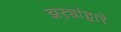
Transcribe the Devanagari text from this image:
झऱ्यांद्वारे